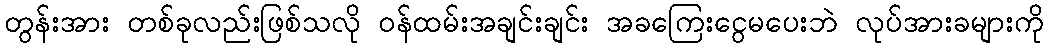
တွန်းအား တစ်ခုလည်းဖြစ်သလို ဝန်ထမ်းအချင်းချင်း အခကြေးငွေမပေးဘဲ လုပ်အားခများကို